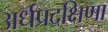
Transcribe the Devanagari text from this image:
अर्धप्रदक्षिणा